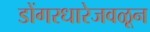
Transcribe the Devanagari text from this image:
डोंगरधारेजवळून